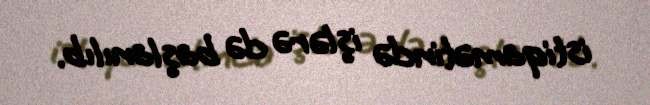
istiqamətində işlərə də başlanılıb.